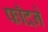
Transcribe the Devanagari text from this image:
फाँदने